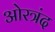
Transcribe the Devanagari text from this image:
ओरत्रंद